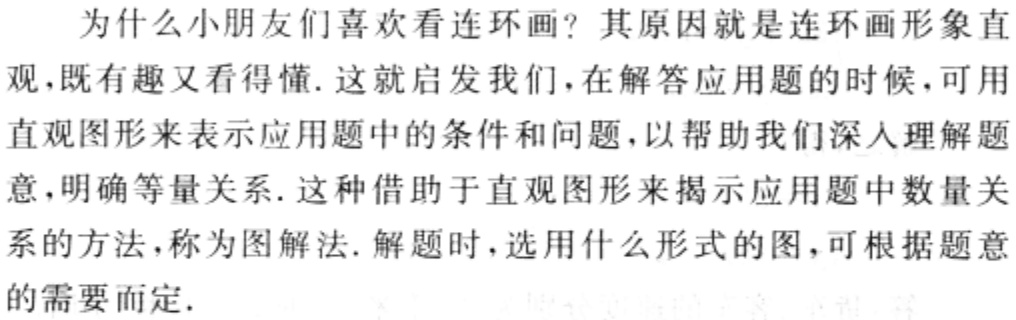
为什么小朋友们喜欢看连环画？其原因就是连环画形象直

观，既有趣又看得懂. 这就启发我们，在解答应用题的时候，可用

直观图形来表示应用题中的条件和问题，以帮助我们深入理解题

意，明确等量关系. 这种借助于直观图形来揭示应用题中数量关

系的方法，称为图解法. 解题时，选用什么形式的图，可根据题意

的需要而定.